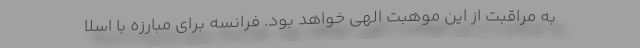
به مراقبت از این موهبت الهی خواهد بود. فرانسه برای مبارزه با اسلا